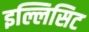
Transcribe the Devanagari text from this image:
इल्लिसिट